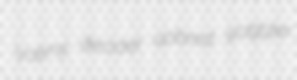
Valmy decider upbred slaggier